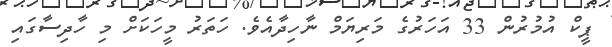
ޕީކް އުމުރުން 33 އަހަރުގެ މަރިޔަމް ނާހިދާއެވެ. ހަތަރު މީހަކަށް މި ހާދިސާގައި